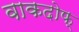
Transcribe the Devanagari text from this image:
वाकदोफ्